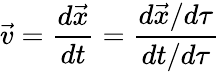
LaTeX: \vec{v}=\frac{d\vec{x}}{dt}=\frac{d\vec{x}/d\tau}{dt/d\tau}